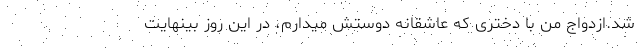
شد.ازدواج من با دختری که عاشقانه دوستش میدارم، در این روز بینهایت